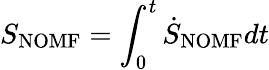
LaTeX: S_{\mathrm{{NOMF}}}=\int_{0}^{t}\dot{S}_{\mathrm{{NOMF}}}dt